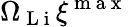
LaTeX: \Omega_{\mathrm{~L~i~}}\xi^{\mathrm{~m~a~x~}}